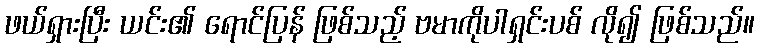
ဖယ်ရှားပြီး ယင်း၏ ရောင်ပြန် ဖြစ်သည့် ဗမာကိုပါရှင်းပစ် လို၍ ဖြစ်သည်။